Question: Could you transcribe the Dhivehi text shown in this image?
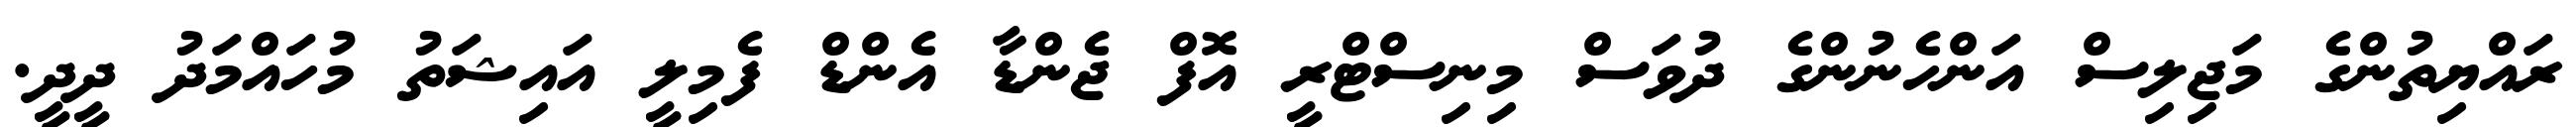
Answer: ރައްޔިތުންގެ މަޖިލިސް އަންހެނުންގެ ދުވަސް މިނިސްޓްރީ އޮފް ޖެންޑާ އެންޑް ފެމިލީ އައިޝަތު މުހައްމަދު ދީދީ.